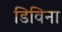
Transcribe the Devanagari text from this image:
डिविना